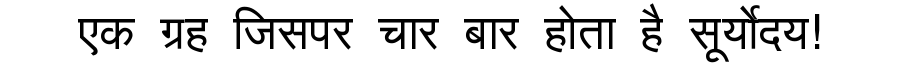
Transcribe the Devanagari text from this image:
एक ग्रह जिसपर चार बार होता है सूर्योदय!